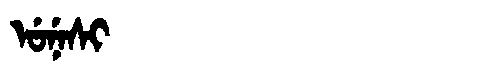
Manchu: ᡠᠨᡝᠰᡳ
Romanization: UNESI